Regulations for the medical services of the Army of India
Year: 1930
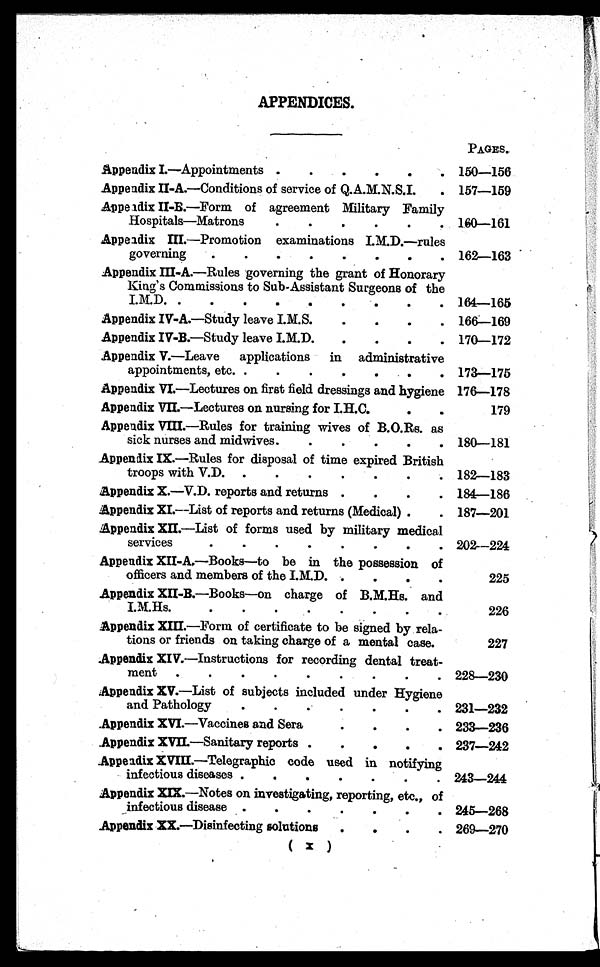
APPENDICES.
PAGES.
Appendix I.—Appointments .
.
.
.
.
.
1 6 0 - 1 5 6
Appendix II-A.—Conditions of service of Q.A.M.N.S.I.
. 157-159
Appendix II-B.—Form of agreement Military Family
Hospitals—Matrons
.
.
.
.
.
. 160-161
Appendix III.—Promotion examinations I.M.D.—rules
governing
.
.
.
.
.
.
.
.
162-163
Appendix III-A.—Rules governing the grant of Honorary
King's Commissions to Sub-Assistant Surgeons of the
I.M.D. .
.
.
.
.
.
.
.
.
6 4 - 1 6 5
Appendix IV-A.—Study leave I.M.S.
.
.
.
. 166-169
Appendix IV-B.—Study leave I.M.D.
.
.
.
. 170-172
Appendix V.—Leave applications in administrative
appointments, etc. .
.
.
.
.
.
. 173-175
Appendix VI.—Lectures on first field dressings and hygiene 176-178
Appendix VII.—Lectures on nursing for I.H.C.
.
.
179
Appendix VIII.—Rules for training wives of B.O.Rs. as
sick nurses and midwives.
.
.
.
.
. 180-181
Appendix IX.—Rules for disposal of time expired British
troops with V.D.
.
.
.
.
.
.
. 182-183
Appendix X.—V.D. reports and returns .
.
.
. 184-186
Appendix XI.—List of reports and returns (Medical) .
. 187-201
Appendix XII.—List of forms used by military medical
services
202-224
Appendix XII-A,—Books—to be in the possession of
officers and members of the I.M.D. .
.
.
.
225
Appendix XII-B.—Books—on charge of B.M.Hs. and
I . M . H s .
226
Appendix XIII.—Form of certificate to be signed by rela-
tions or friends on taking charge of a mental case.
227
Appendix XIV.—Instructions for recording dental treat-
ment
.
.
.
.
.
.
.
.
. 228-230
Appendix XV.—List of subjects included under Hygiene
and Pathology
.
.
.
.
.
.
. 231-232
.Appendix XVI.—Vaccines and Sera
.
.
..
. 233-236
Appendix XVII.—Sanitary reports .
.
.
.
. 237-242
Appendix XVIII.—Telegraphic code used in notifying
infectious diseases .
.
.
.
.
.
243-244
Appendix XIX.—Notes on investigating, reporting, etc., of
infectious disease .
.
.
.
.
.
245-268
Appendix XX—Disinfecting solutions
.
.
.
. 269-270
( x )